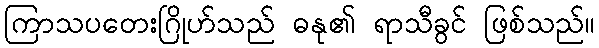
ကြာသပတေးဂြိုဟ်သည် ဓနု၏ ရာသီခွင် ဖြစ်သည်။